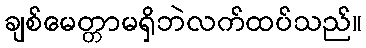
ချစ်မေတ္တာမရှိဘဲလက်ထပ်သည်။